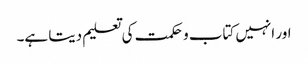
اور انہیں کتاب و حکمت کی تعلیم دیتا ہے۔